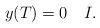
LaTeX: \begin{align*}y(T)= 0 \ \ \ I.\end{align*}